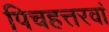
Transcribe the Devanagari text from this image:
पिचहत्तरवां